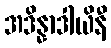
အဒိန္နာဒါယိနီ